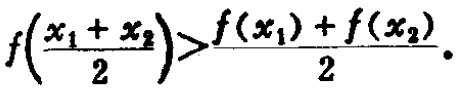
\(f\left(\frac{x_{1} + x_{2}}{2}\right)>\frac{f(x_{1}) + f(x_{2})}{2}.\)